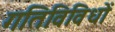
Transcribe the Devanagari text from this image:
गतिविविधों